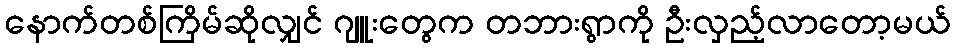
နောက်တစ်ကြိမ်ဆိုလျှင် ဂျူးတွေက တဘားရွာကို ဦးလှည့်လာတော့မယ်